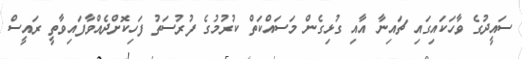
ސައީދުގެ ވާހަކައިގައި ޗައިނާ އާއި ގުޅިގެން މަސައްކަތް ކުރުމުގެ ފުރުސަތު ފަހިކޮށްދެއްވާފައިވާތީ ރައީސް